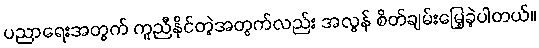
ပညာရေးအတွက် ကူညီနိုင်တဲ့အတွက်လည်း အလွန် စိတ်ချမ်းမြေ့ခဲ့ပါတယ်။